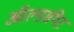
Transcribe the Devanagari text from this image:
ऑल्डर्सगेट